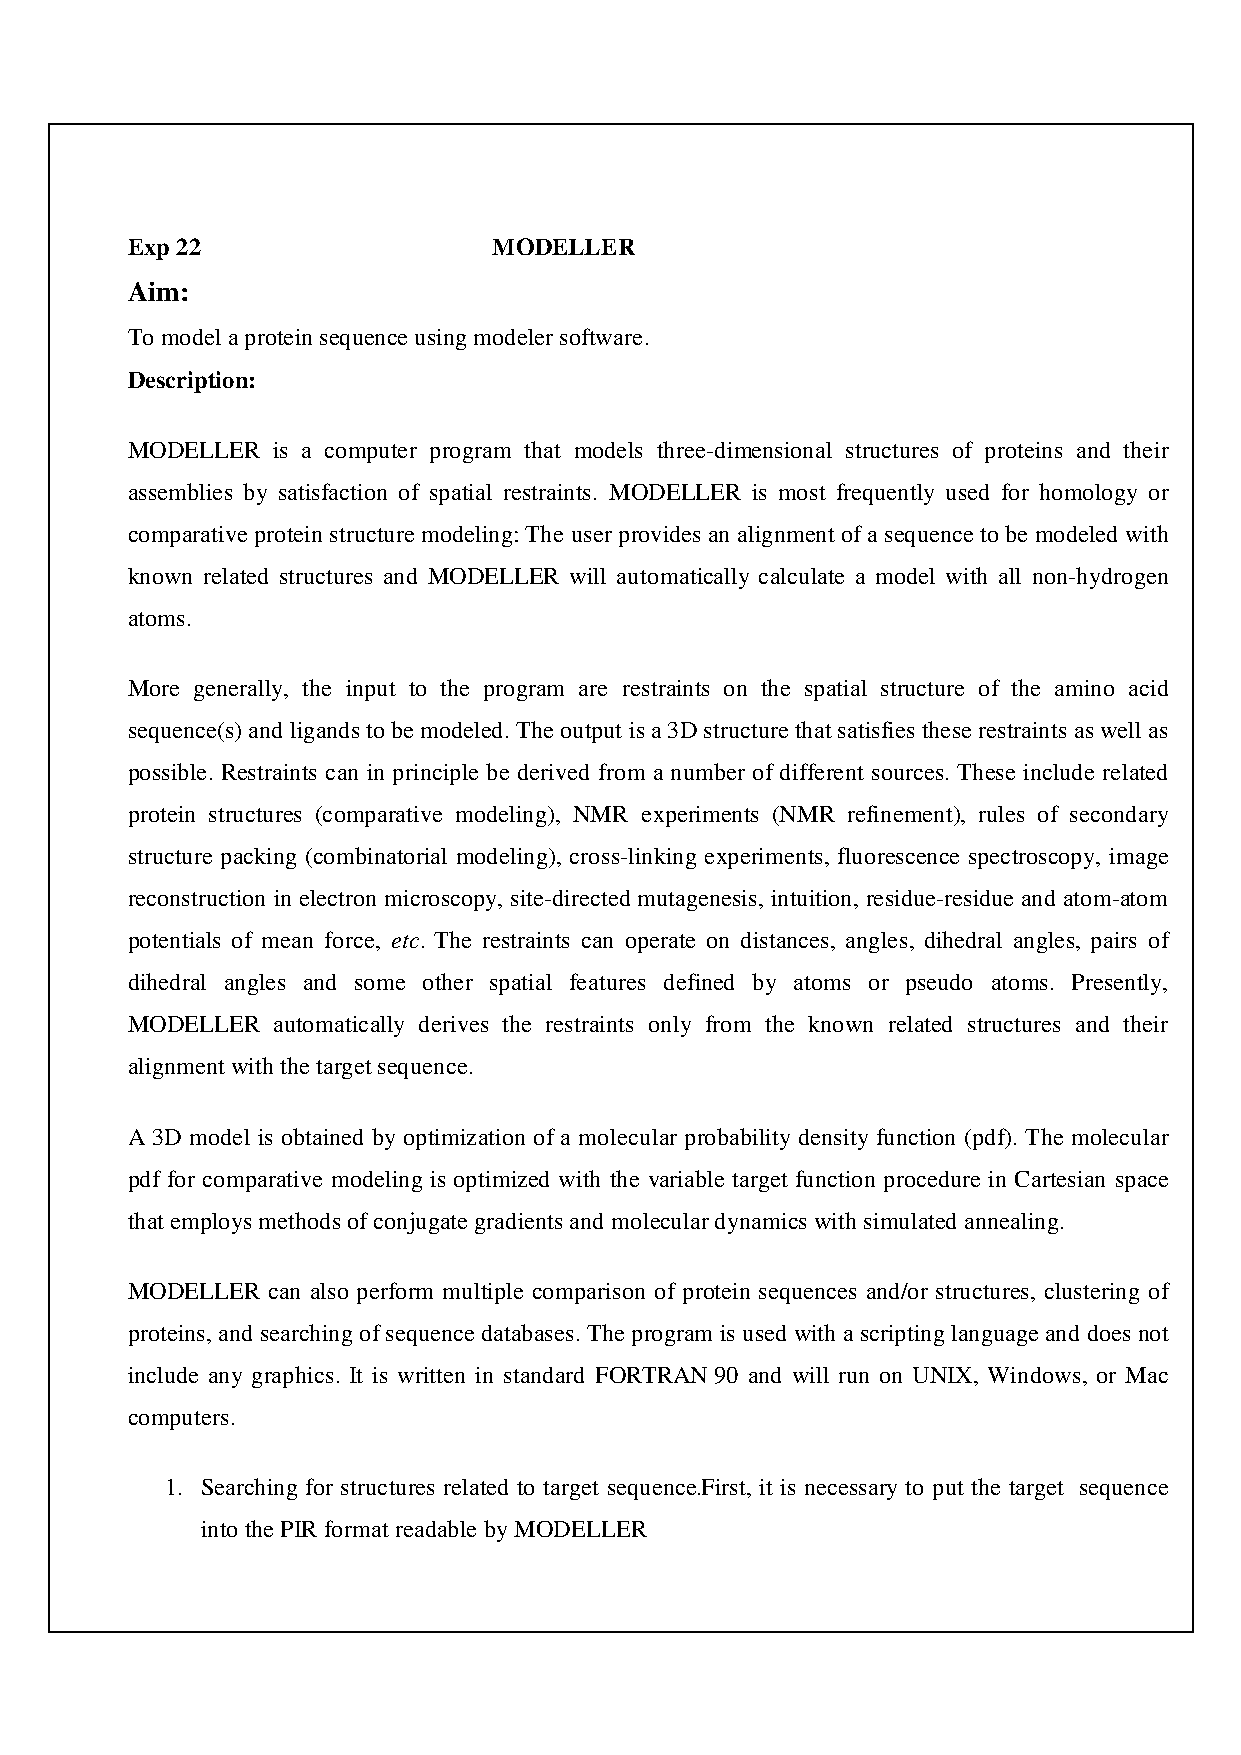
Exp 22                   MODELLER
 Aim:
 To model a protein sequence using modeler software.
 Description:
 MODELLER  is a computer program that models three-dimensional structures of proteins and their
 assemblies by satisfaction of spatial restraints. MODELLER is most frequently used for homology or
 comparative protein structure modeling: The user provides an alignment of a sequence to be modeled with
 known related structures and MODELLER will automatically calculate a model with all non-hydrogen
 atoms.
 More generally, the input to the program are restraints on the spatial structure of the amino acid
 sequence(s) and ligands to be modeled. The output is a 3D structure that satisfies these restraints as well as
 possible. Restraints can in principle be derived from a number of different sources. These include related
 protein structures (comparative modeling), NMR experiments (NMR refinement), rules of secondary
 structure packing (combinatorial modeling), cross-linking experiments, fluorescence spectroscopy, image
 reconstruction in electron microscopy, site-directed mutagenesis, intuition, residue-residue and atom-atom
 potentials of mean force, etc. The restraints can operate on distances, angles, dihedral angles, pairs of
 dihedral angles and some other spatial features defined by atoms or pseudo atoms. Presently,
 MODELLER  automatically derives the restraints only from the known related structures and their
 alignment with the target sequence.
 A 3D model is obtained by optimization of a molecular probability density function (pdf). The molecular
 pdf for comparative modeling is optimized with the variable target function procedure in Cartesian space
 that employs methods of conjugate gradients and molecular dynamics with simulated annealing.
 MODELLER  can also perform multiple comparison of protein sequences and/or structures, clustering of
 proteins, and searching of sequence databases. The program is used with a scripting language and does not
 include any graphics. It is written in standard FORTRAN 90 and will run on UNIX, Windows, or Mac
 computers.
 1. Searching for structures related to target sequence.First, it is necessary to put the target sequence
 into the PIR format readable by MODELLER